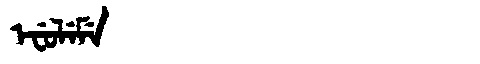
Manchu: ᡝᠸᡠᠯᡝᠮᡝ
Romanization: EFULEME